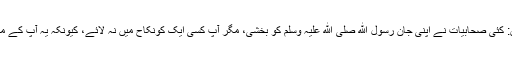
ابن حجر کہتے ہیں: کئی صحابیات نے اپنی جان رسول ﷲ صلی ﷲ علیہ وسلم کو بخشی، مگر آپ کسی ایک کونکاح میں نہ لائے، کیونکہ یہ آپ کے منشا پر موقوف تھا۔